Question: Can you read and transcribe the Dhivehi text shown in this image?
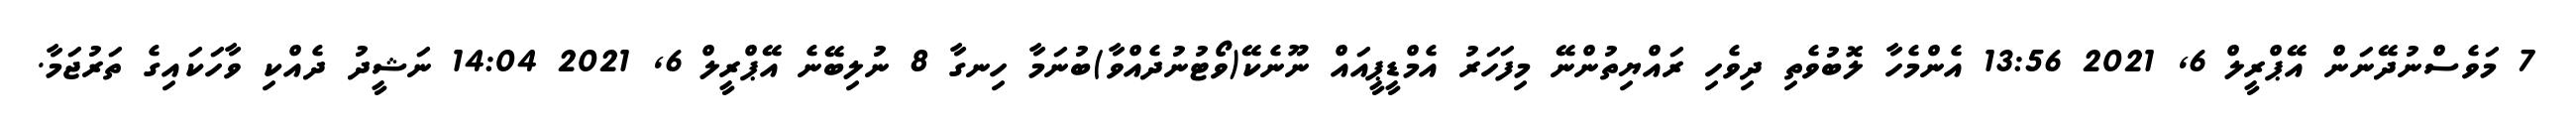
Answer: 7 މަވެސްނުދޭނަން އޭޕްރީލް 6, 2021 13:56 އެންމެހާ ލޮބުވެތި ދިވެހި ރައްޔިތުންނޭ މިފަހަރު އެމްޑީޕީއައް ނޫނެކޭ(ވޯޓުނުދެއްވާ)ބުނަމާ ހިނގާ 8 ނުލިބޭނެ އޭޕްރީލް 6, 2021 14:04 ނަޝީދު ދެއްކި ވާހަކައިގެ ތަރުޖަމާ.